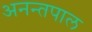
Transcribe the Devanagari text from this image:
अनन्तपाल